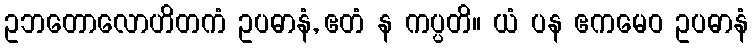
ဥဘတောလောဟိတကံ ဥပဓာနံ, ဧတံ န ကပ္ပတိ။ ယံ ပန ဧကမေဝ ဥပဓာနံ